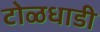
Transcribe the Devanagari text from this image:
टोळधाडी